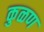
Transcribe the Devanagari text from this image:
कुळण